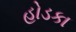
હોડકા